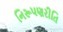
નિરૂપણરીતિ